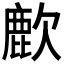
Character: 𫜌